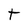
Character: t